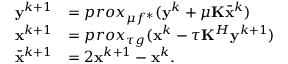
\begin{array} { r l } { \mathbf { y } ^ { k + 1 } } & { = p r o x _ { \mu f ^ { * } } ( \mathbf { y } ^ { k } + \mu \mathbf { K } \bar { \mathbf { x } } ^ { k } ) } \\ { \mathbf { x } ^ { k + 1 } } & { = p r o x _ { \tau g } ( \mathbf { x } ^ { k } - \tau \mathbf { K } ^ { H } \mathbf { y } ^ { k + 1 } ) } \\ { \bar { \mathbf { x } } ^ { k + 1 } } & { = 2 \mathbf { x } ^ { k + 1 } - \mathbf { x } ^ { k } . } \end{array}